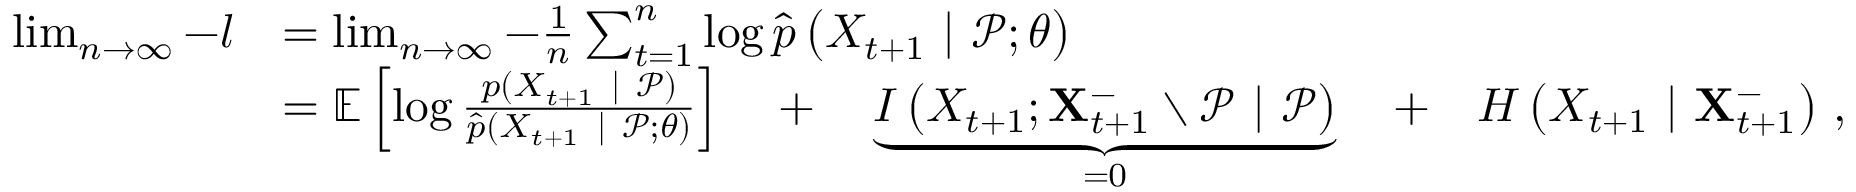
\begin{array} { r l } { \operatorname* { l i m } _ { n \to \infty } - { l } } & { = \operatorname* { l i m } _ { n \to \infty } - \frac { 1 } { n } \sum _ { t = 1 } ^ { n } \log \widehat { p } \left( X _ { t + 1 } ~ | ~ \mathcal { P } ; \theta \right) } \\ & { = \mathbb { E } \left[ \log \frac { p ( X _ { t + 1 } ~ | ~ \mathcal { P } ) } { \widehat { p } ( X _ { t + 1 } ~ | ~ \mathcal { P } ; \theta ) } \right] \quad + \quad \underbrace { I \left( X _ { t + 1 } ; \mathbf { X } _ { t + 1 } ^ { - } \setminus \mathcal { P } ~ | ~ \mathcal { P } \right) } _ { = 0 } \quad + \quad H \left( X _ { t + 1 } ~ | ~ \mathbf { X } _ { t + 1 } ^ { - } \right) \, , } \end{array}